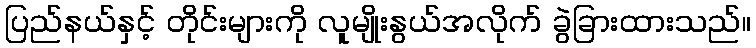
ပြည်နယ်နှင့် တိုင်းများကို လူမျိုးနွယ်အလိုက် ခွဲခြားထားသည်။